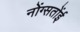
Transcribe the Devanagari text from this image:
नोंग्सतोंई